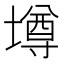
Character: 壿